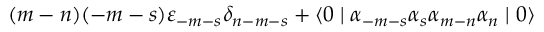
( m - n ) ( - m - s ) { \varepsilon } _ { - m - s } { \delta } _ { n - m - s } + \langle 0 \mid { \alpha } _ { - m - s } { \alpha } _ { s } { \alpha } _ { m - n } { \alpha } _ { n } \mid 0 \rangle